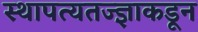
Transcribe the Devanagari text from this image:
स्थापत्यतज्‍ज्ञाकडून